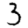
Digit: 3